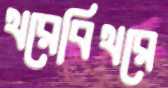
থরেবিথরে